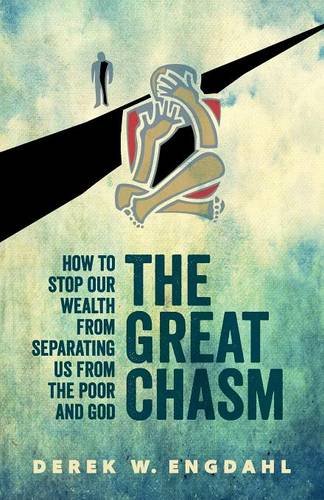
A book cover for The Great Chasm: How to Stop Our Wealth from Separating Us from the Poor and God; Derek W. Engdahl; Christian Books & Bibles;